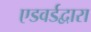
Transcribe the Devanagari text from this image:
एडवर्डद्वारा